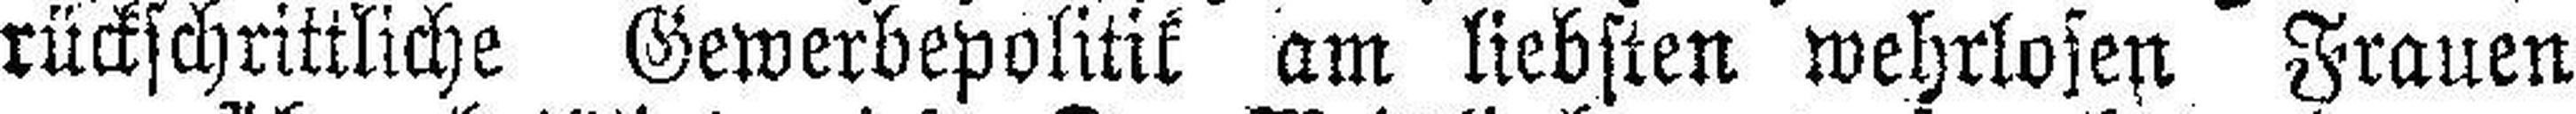
rückschrittliche Gewerbepolitik am liebsten wehrlosen Frauen